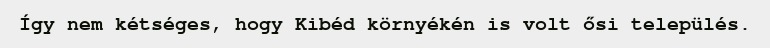
Így nem kétséges, hogy Kibéd környékén is volt ősi település.